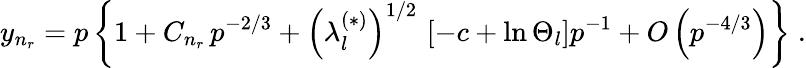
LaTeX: y_{n_{r}}=p\left\{ 1+C_{n_{r}}\, p^{-2/3}+\left(\lambda_{l}^{(\ast)}\right)^{1/2}\, \left[-c+\ln\Theta_{l}\right]p^{-1}+O\left(p^{-4/3}\right)\right\} \; .